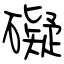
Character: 礙